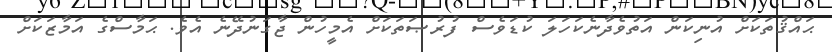
ޙައްޤުތަކަށް އުނިކަން އަތުވެދާނެކަހަލަ ކުޑަވެސް ފުރުޞަތަކަށް އެމީހުން ޖާގަނުދޭނެ އެވެ. ޙަމާސްގެ އަމާޒަކަށް